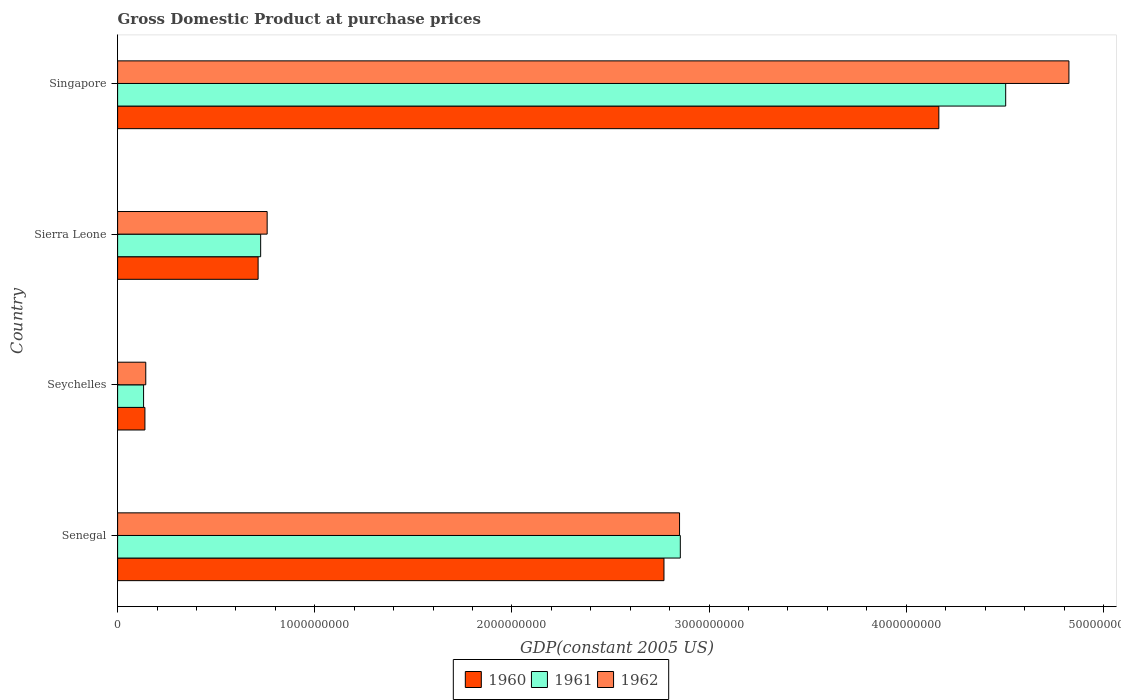
| Country | 1960 | 1961 | 1962 |
 | --- | --- | --- | --- |
 | Senegal | 2.77e+09 | 2.85e+09 | 2.85e+09 |
 | Seychelles | 1.39e+08 | 1.32e+08 | 1.43e+08 |
 | Sierra Leone | 7.13e+08 | 7.25e+08 | 7.58e+08 |
 | Singapore | 4.17e+09 | 4.5e+09 | 4.82e+09 |